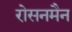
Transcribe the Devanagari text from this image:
रोसनमैन